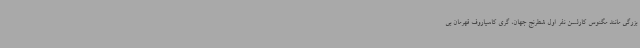
بزرگی مانند مگنوس کارلسن نفر اول شطرنج جهان، گری کاسپاروف قهرمان بی